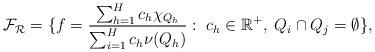
LaTeX: \begin{align*}\mathcal{F}_{\mathcal{R}}&= \{f=\frac{\sum_{h=1}^{H}c_h\chi_{Q_h}}{\sum_{i=1}^{H}c_h\nu(Q_h)}:\; c_h \in \mathbb{R}^+, \; Q_i \cap Q_j=\emptyset\},\end{align*}